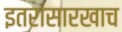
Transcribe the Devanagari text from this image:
इतरांसारखाच